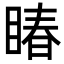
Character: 睶